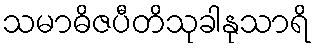
သမာဓိဇပီတိသုခါနုသာရိ